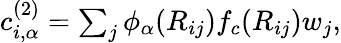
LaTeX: \begin{array}{r}{c_{i,\alpha}^{(2)}=\sum_{j}\phi_{\alpha}(R_{ij})f_{c}(R_{ij})w_{j},}\end{array}